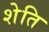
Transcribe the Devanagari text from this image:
शेति